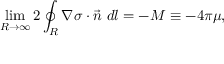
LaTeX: \operatorname * { l i m } _ { R \to \infty } 2 \oint _ { R } \nabla \sigma \cdot \vec { n } ~ d l = - M \equiv - 4 \pi \mu ,